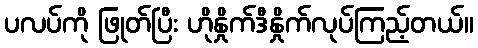
ပလပ်ကို ဖြုတ်ပြီး ဟိုနှိုက်ဒီနှိုက်လုပ်ကြည့်တယ်။